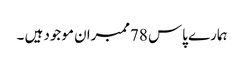
ہمارے پاس 78ممبران موجود ہیں ۔